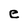
Character: e